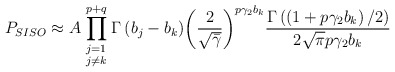
\begin{align*}{{P}_{SISO}}\approx A \prod\limits_{\begin{smallmatrix} j=1 \\ j\ne k\end{smallmatrix}}^{p+q}{\Gamma \left( {{b}_{j}}-{{b}_{k}} \right)}{{\left( \frac{2}{\sqrt{{\bar{\gamma }}}} \right)}^{p{{\gamma }_{2}}{{b}_{k}}}}\frac{\Gamma \left( \left( 1+p{{\gamma }_{2}}{{b}_{k}} \right)/2 \right)}{2\sqrt{\pi }p{{\gamma }_{2}}{{b}_{k}}}\end{align*}